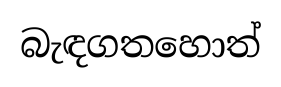
බැඳගතහොත්